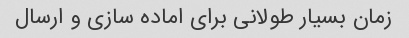
زمان بسیار طولانی برای اماده سازی و ارسال